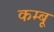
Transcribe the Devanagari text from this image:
कम्बू